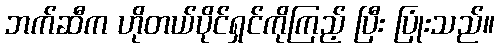
ဘက်ဆီက ဟိုတယ်ပိုင်ရှင်ကိုကြည့် ပြီး ပြုံးသည်။